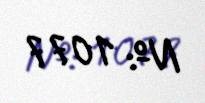
№: 1077